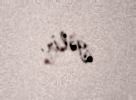
gəlir.